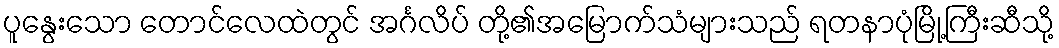
ပူနွေးသော တောင်လေထဲတွင် အင်္ဂလိပ် တို့၏အမြောက်သံများသည် ရတနာပုံမြို့ကြီးဆီသို့